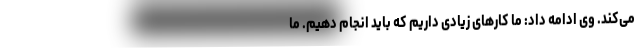
می‌کند. وی ادامه داد: ما کارهای زیادی داریم که باید انجام دهیم. ما